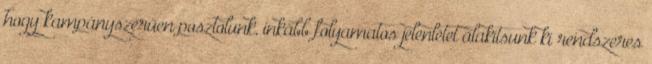
hogy kampányszerűen posztolunk, inkább folyamatos jelenlétet alakítsunk ki rendszeres